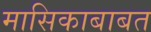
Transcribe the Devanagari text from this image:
मासिकाबाबत